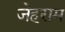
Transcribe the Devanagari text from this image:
जेहराम